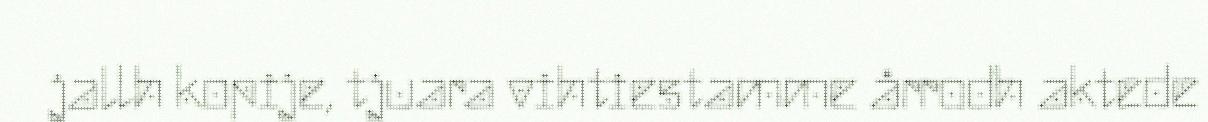
jallh kopije, tjuara vihtiestamme årrodh aktede